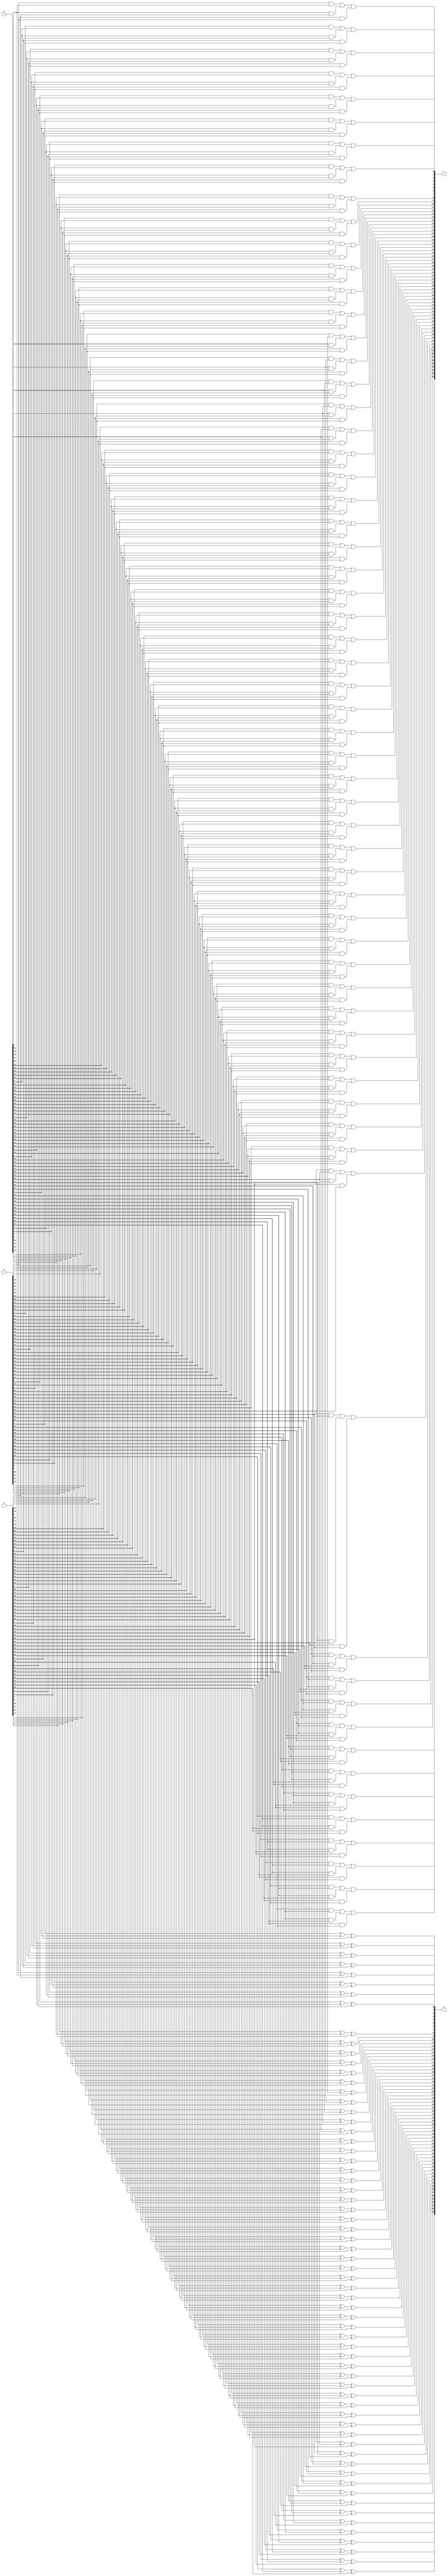
//////////////////////////////////////////////////////////////////////////////////
// Company: 
// Engineer: 
// 
// Design Name: 
// Module Name: csa
// Project Name: 
// Target Devices: 
// Tool Versions: 
// Description: 
// 
// Dependencies: 
// 
// Revision:
// Revision 0.01 - File Created
// Additional Comments:
// 
//////////////////////////////////////////////////////////////////////////////////


module csa( // 
    input[63:0] x, // 
    input[63:0] y, // 
    input[63:0] z, // 
    output[63:0] s, // 
    output[63:0] c // 
    );
    genvar i;
    generate
        for (i=0; i<64; i=i+1)
        begin: bit
            assign s[i] = x[i] ^ y[i] ^ z[i];
            assign c[i] = (x[i] & y[i]) | (y[i] & z[i]) | (z[i] & x[i]);
        end
    endgenerate
endmodule